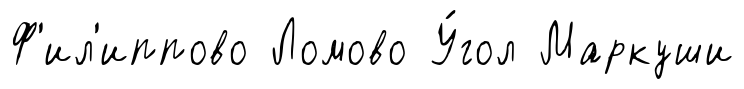
Ф'ил'иппово Ломово У́гол Маркуши